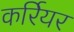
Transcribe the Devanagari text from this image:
कर्रियर